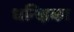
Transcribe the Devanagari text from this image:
धन्क्षिका